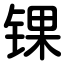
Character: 锞